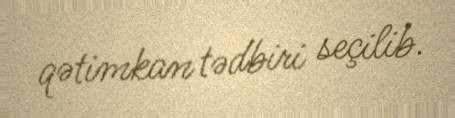
qətimkan tədbiri seçilib.